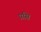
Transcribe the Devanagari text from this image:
प्रसि